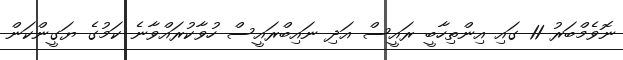
ނޮވެމްބަރު 11 ގައި އިންތިހާބީ ރައީސް އަދި ނައިބްރައީސް ހުވާކުރައްވާނެ ކަމުގެ ޔަގީންކަން